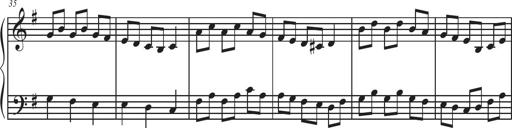
Title: Sonatina Espania
Composer: Jerald Franklin Archer
Key: Various